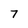
Character: 7